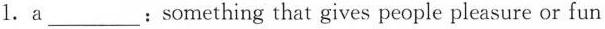
1. a___: something that gives people pleasure or fun